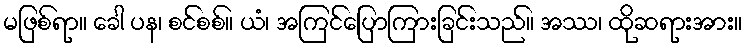
မဖြစ်ရာ။ ခေါ ပန၊ စင်စစ်။ ယံ၊ အကြင်ပြောကြားခြင်းသည်။ အဿ၊ ထိုဆရားအား။